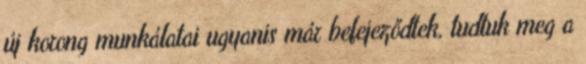
új korong munkálatai ugyanis már befejeződtek, tudtuk meg a